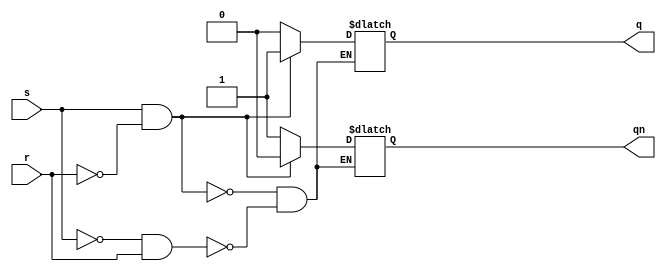
module sr_flip_flop (
    input wire s, // set input
    input wire r, // reset input
    output reg q, // Q output
    output reg qn // Q' output
);

always @ (s, r) begin
    if (s && !r) begin
        q <= 1'b1;
        qn <= 1'b0;
    end else if (!s && r) begin
        q <= 1'b0;
        qn <= 1'b1;
    end
    // else if (s && r) do nothing, remains in current state
end

endmodule